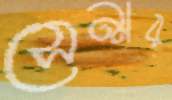
সেন্সর